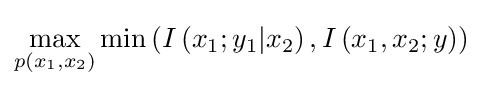
\max _{p(x_{1},x_{2})}\min \left(I\left(x_{1};y_{1}|x_{2}\right),I\left(x_{1},x_{2};y\right)\right)